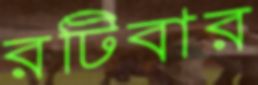
রটিবার